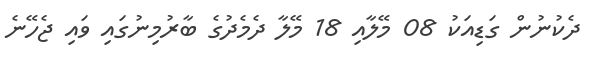
ދެކުނުން ގަޑިއަކު 08 މޭލާއި 18 މޭލާ ދެމެދުގެ ބާރުމިނުގައި ވައި ޖެހޭނެ